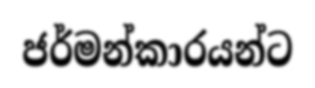
ජර්මන්කාරයන්ට